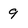
Character: 9